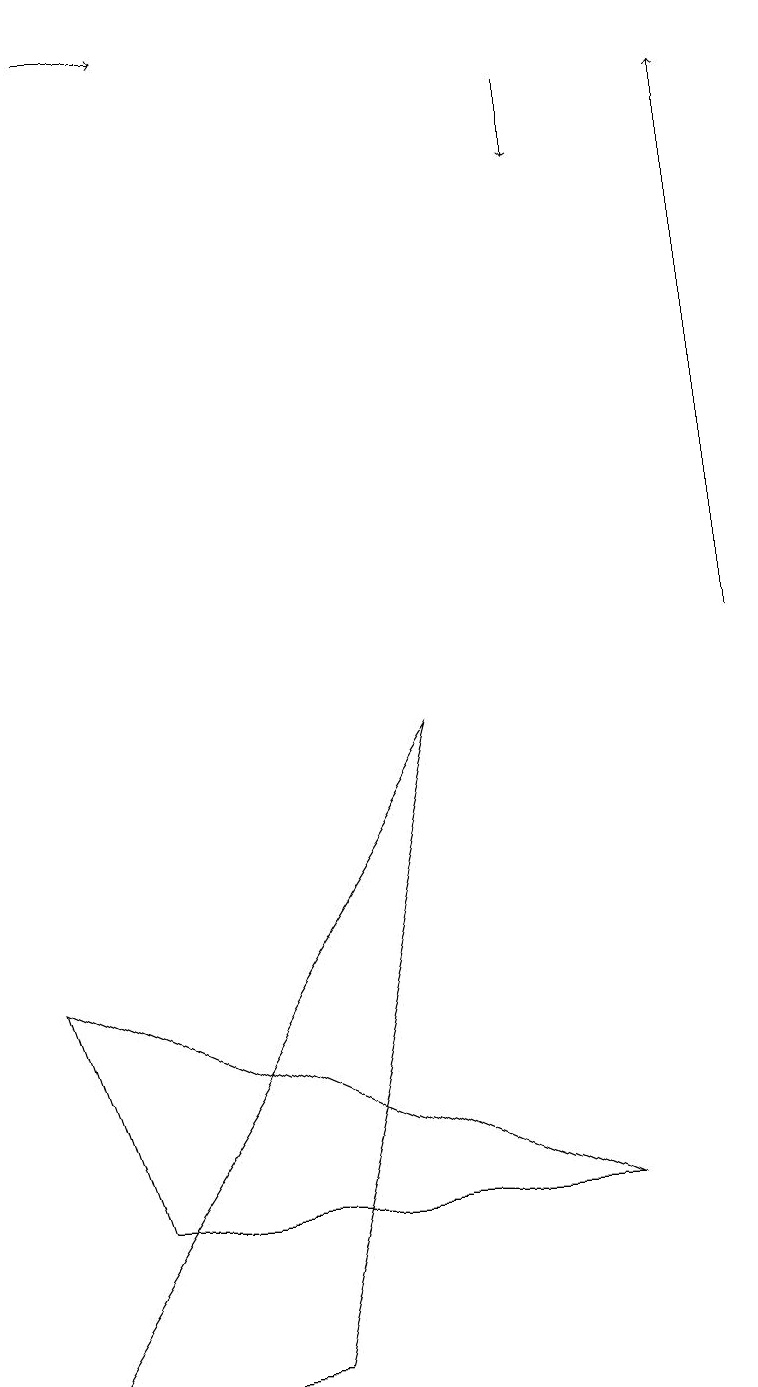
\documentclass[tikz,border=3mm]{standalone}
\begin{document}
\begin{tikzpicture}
\draw[->] (9,10) -- (9,17);
\draw[->] (7,17) -- (7,16);
\draw (3,1) -- (5,9) -- (0,1) -- cycle;
\draw[->] (1,18) -- (2,18);
\draw (7,3) -- (1,3) -- (0,6) -- cycle;
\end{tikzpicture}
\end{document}